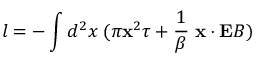
l = - \int d ^ { 2 } x \; ( \pi { \bf x } ^ { 2 } \tau + { \frac { 1 } { \beta } } \; { \bf x } \cdot { \bf E } B )